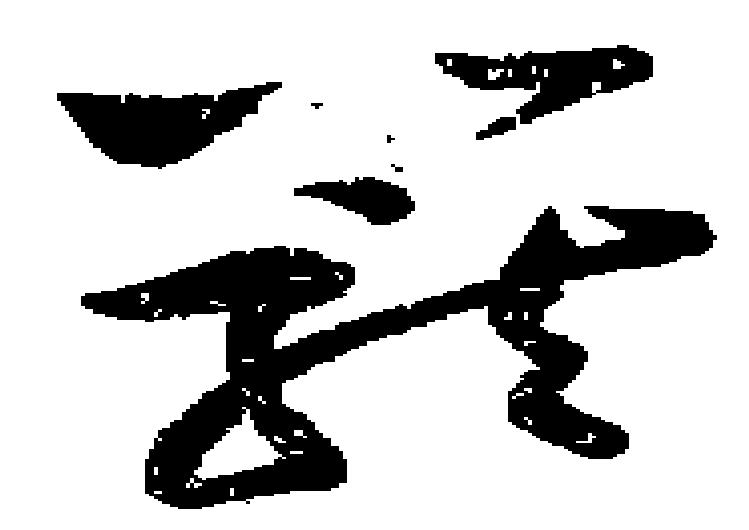
籠